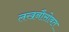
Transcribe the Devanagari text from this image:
लखनौसोबत